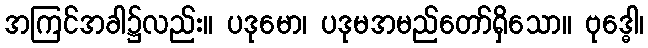
အကြင်အခါ၌လည်း။ ပဒုမော၊ ပဒုမအမည်တော်ရှိသော။ ဗုဒ္ဓေါ၊